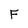
Character: F